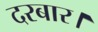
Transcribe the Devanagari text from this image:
दरबार।